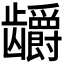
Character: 𬺖